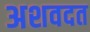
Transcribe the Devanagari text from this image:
अशवदत